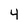
Character: 4